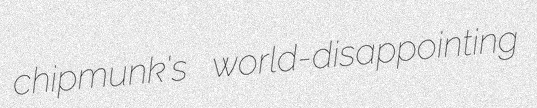
chipmunk's world-disappointing